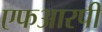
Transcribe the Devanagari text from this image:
एफआरपी